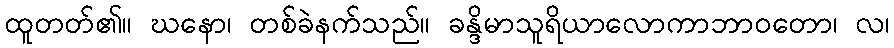
ထူတတ်၏။ ဃနော၊ တစ်ခဲနက်သည်။ ခန္ဒိမာသူရိယာလောကာဘာဝတော၊ လ၊